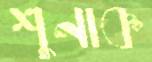
শুনাক